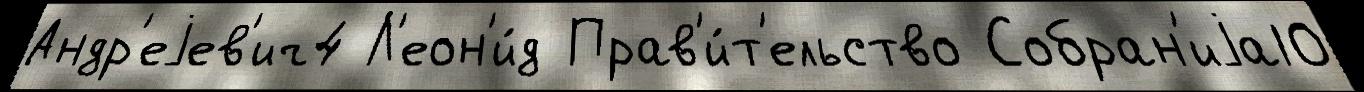
Андр'еjев'ич4 Л'еон'и́д Прав'и́т'ельство Собран'иjа10